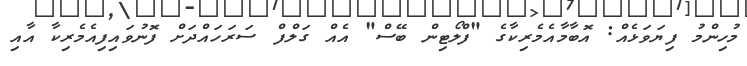
މުހިންމު ފިޔަވަޅެއް: އޮބާމާއެމެރިކާގެ "ފްލޯޓިން ބޭސް" އެއް ގަލްފް ސަރަހައްދަށް ފޮނުވައިފިއެމެރިކާ އާއި